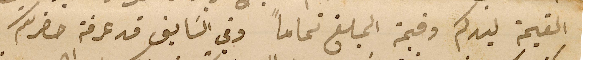
القيمة ليدكم وقيمة المبلغ تماماً وفي السَابق قد عرفة حضرتكم